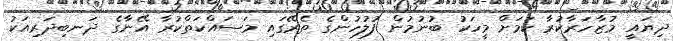
ދިޔައީ މުޒާހަރާކުރާ ކަމަށް މީހަކު ބުނުމުން ފުލުހުންގެ ތެރޭގައި މަސައްކަތްކުރާ އޭނާގެ ދަނބިދަރިއަކު